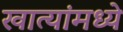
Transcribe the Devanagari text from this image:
खात्यांमध्ये